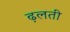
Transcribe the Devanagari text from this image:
ढ़लती